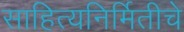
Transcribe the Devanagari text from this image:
साहित्यनिर्मितीचे